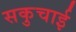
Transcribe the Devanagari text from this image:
सकुचाई